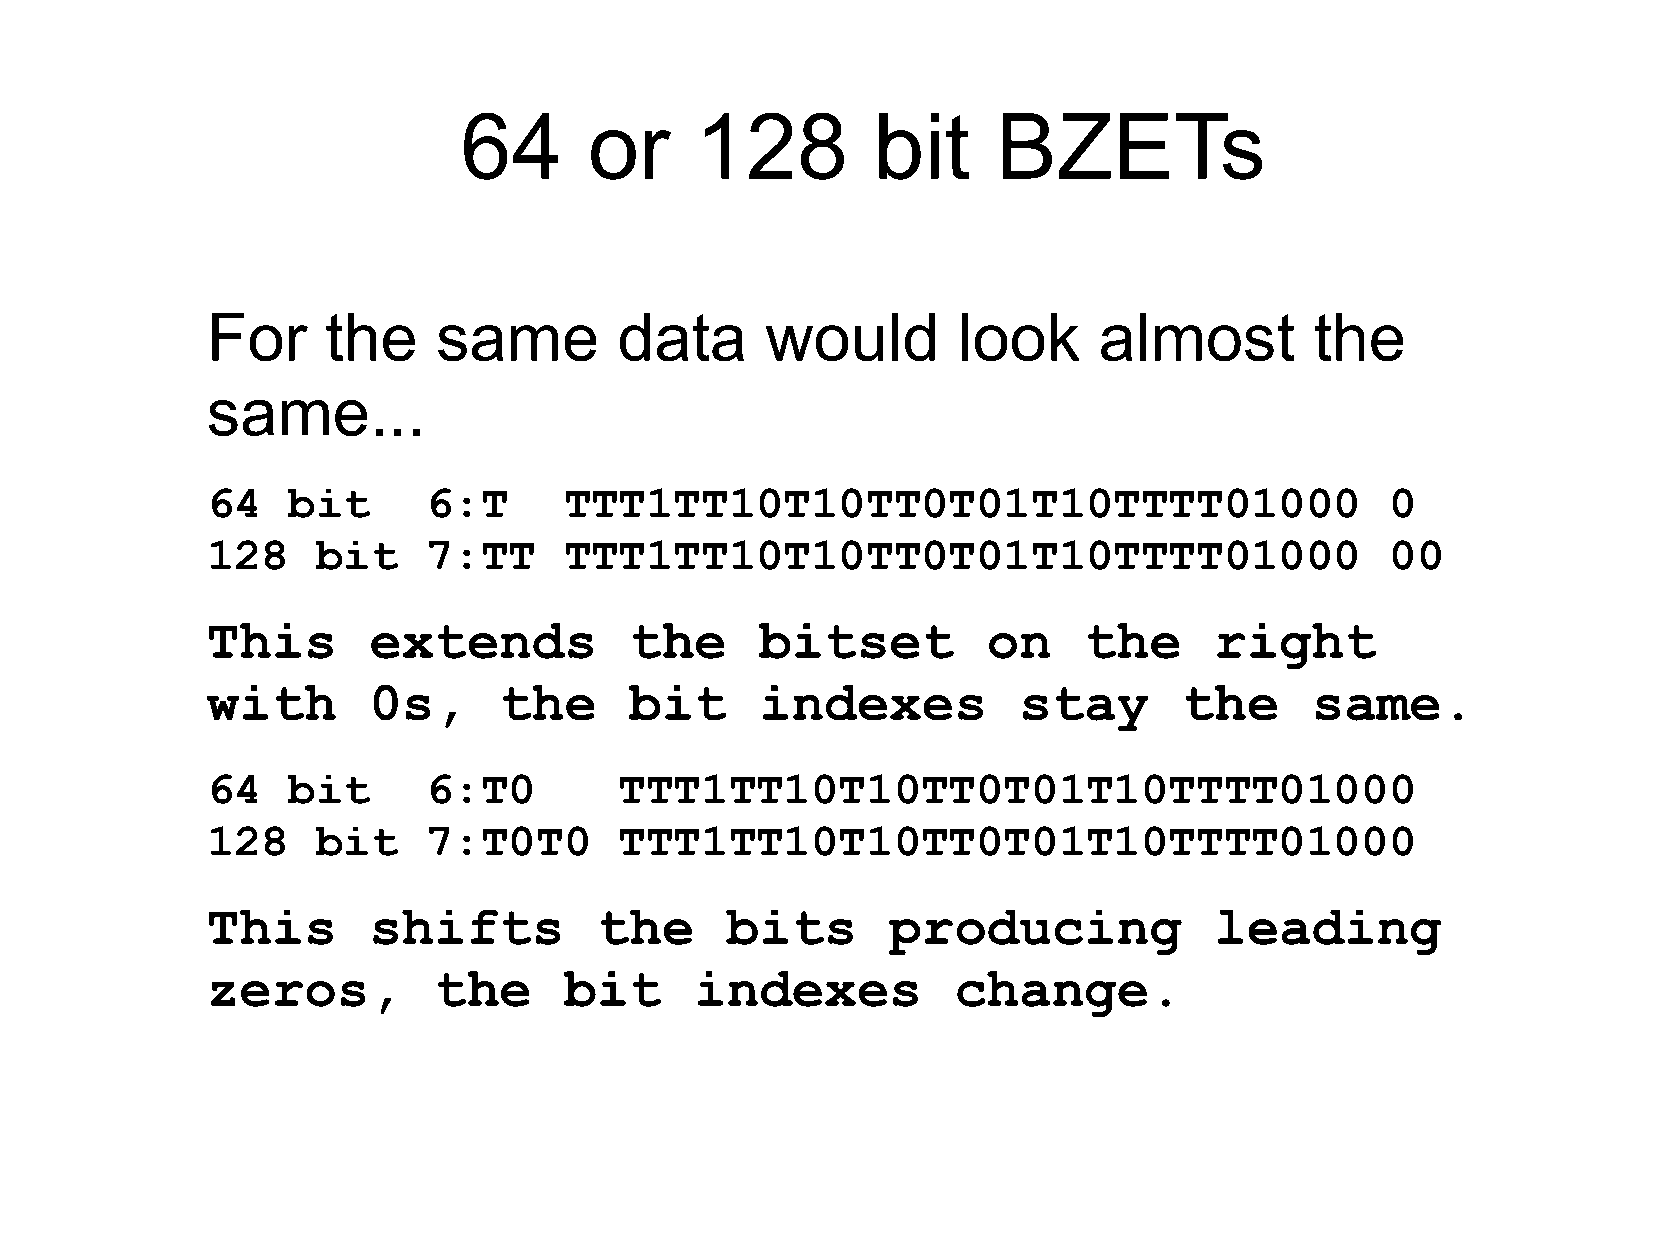
64       or     128         bit     BZETs
 For     the    same        data      would       look      almost        the
 same...
 64   bit      6:T      TTT1TT10T10TT0T01T10TTTT01000                          0
 128    bit    7:TT     TTT1TT10T10TT0T01T10TTTT01000                          00
 This      extends           the     bitset         on     the     right
 with      0s,      the      bit     indexes          stay       the      same.
 64   bit      6:T0         TTT1TT10T10TT0T01T10TTTT01000
 128    bit    7:T0T0       TTT1TT10T10TT0T01T10TTTT01000
 This      shifts         the      bits       producing            leading
 zeros,         the     bit      indexes          change.